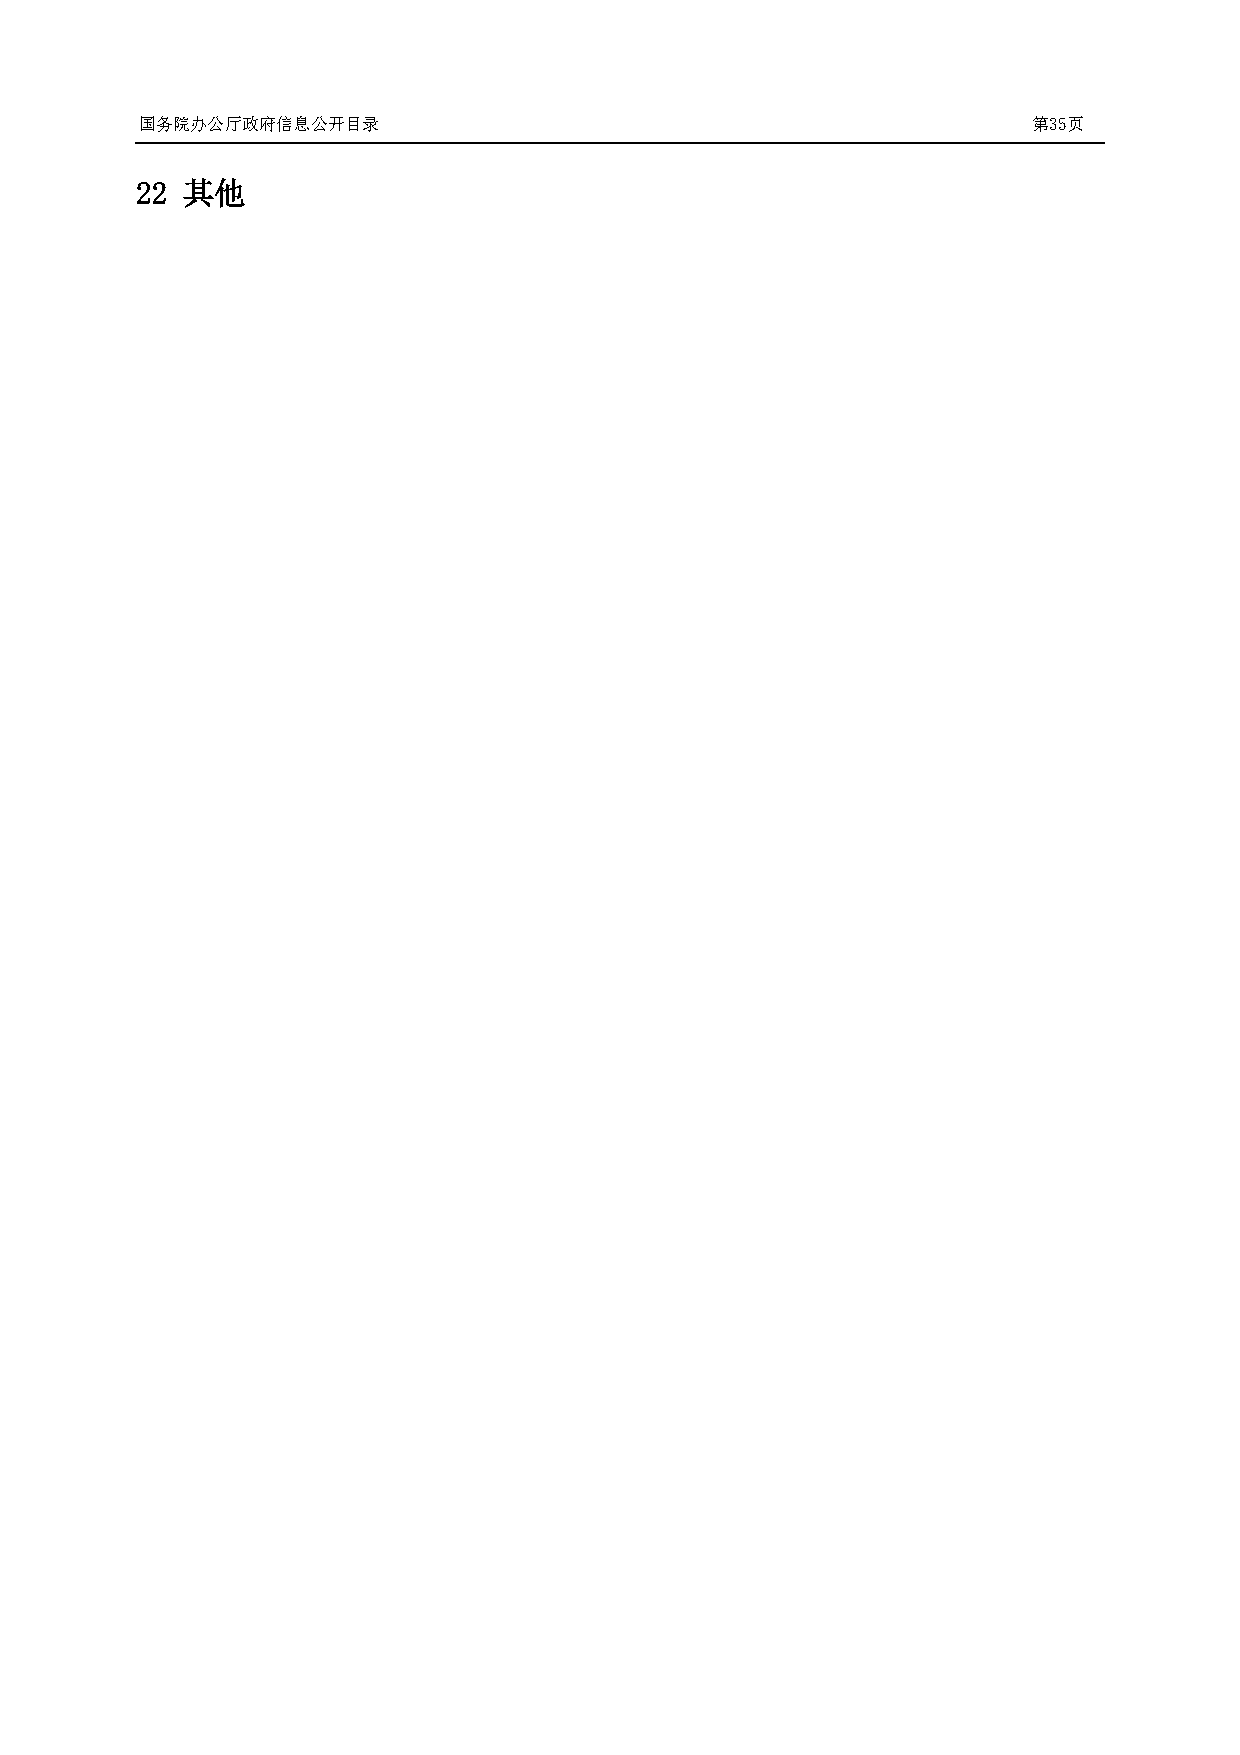
国务院办公厅政府信息公开目录                                             第35页
 22 其他